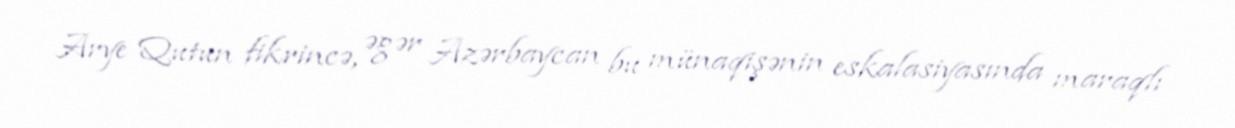
Arye Qutun fikrincə, əgər Azərbaycan bu münaqişənin eskalasiyasında maraqlı